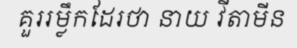
គួររម្លឹកដែរថា នាយ វីតាមីន